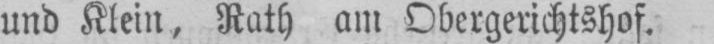
und Klein, Rath am Obergerichtshof.